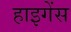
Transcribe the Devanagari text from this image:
हाइगेंस